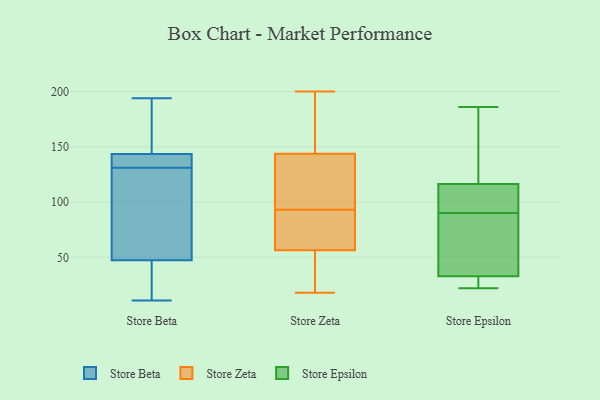
{"axis": {"x": "Website Visitors", "y": "Value"}, "legend": ["Store Beta", "Store Epsilon", "Store Zeta"], "data": [{"x": "", "y": 141, "type": "Store Beta"}, {"x": "", "y": 140, "type": "Store Beta"}, {"x": "", "y": 158, "type": "Store Beta"}, {"x": "", "y": 98, "type": "Store Beta"}, {"x": "", "y": 139, "type": "Store Beta"}, {"x": "", "y": 11, "type": "Store Beta"}, {"x": "", "y": 63, "type": "Store Beta"}, {"x": "", "y": 151, "type": "Store Beta"}, {"x": "", "y": 39, "type": "Store Beta"}, {"x": "", "y": 52, "type": "Store Beta"}, {"x": "", "y": 50, "type": "Store Beta"}, {"x": "", "y": 16, "type": "Store Beta"}, {"x": "", "y": 180, "type": "Store Beta"}, {"x": "", "y": 194, "type": "Store Beta"}, {"x": "", "y": 28, "type": "Store Beta"}, {"x": "", "y": 131, "type": "Store Beta"}, {"x": "", "y": 139, "type": "Store Beta"}, {"x": "", "y": 158, "type": "Store Zeta"}, {"x": "", "y": 19, "type": "Store Zeta"}, {"x": "", "y": 120, "type": "Store Zeta"}, {"x": "", "y": 194, "type": "Store Zeta"}, {"x": "", "y": 48, "type": "Store Zeta"}, {"x": "", "y": 29, "type": "Store Zeta"}, {"x": "", "y": 200, "type": "Store Zeta"}, {"x": "", "y": 93, "type": "Store Zeta"}, {"x": "", "y": 162, "type": "Store Zeta"}, {"x": "", "y": 134, "type": "Store Zeta"}, {"x": "", "y": 83, "type": "Store Zeta"}, {"x": "", "y": 93, "type": "Store Zeta"}, {"x": "", "y": 134, "type": "Store Zeta"}, {"x": "", "y": 84, "type": "Store Zeta"}, {"x": "", "y": 61, "type": "Store Zeta"}, {"x": "", "y": 147, "type": "Store Zeta"}, {"x": "", "y": 18, "type": "Store Zeta"}, {"x": "", "y": 55, "type": "Store Zeta"}, {"x": "", "y": 100, "type": "Store Zeta"}, {"x": "", "y": 69, "type": "Store Epsilon"}, {"x": "", "y": 127, "type": "Store Epsilon"}, {"x": "", "y": 39, "type": "Store Epsilon"}, {"x": "", "y": 32, "type": "Store Epsilon"}, {"x": "", "y": 114, "type": "Store Epsilon"}, {"x": "", "y": 123, "type": "Store Epsilon"}, {"x": "", "y": 94, "type": "Store Epsilon"}, {"x": "", "y": 33, "type": "Store Epsilon"}, {"x": "", "y": 90, "type": "Store Epsilon"}, {"x": "", "y": 22, "type": "Store Epsilon"}, {"x": "", "y": 23, "type": "Store Epsilon"}, {"x": "", "y": 95, "type": "Store Epsilon"}, {"x": "", "y": 186, "type": "Store Epsilon"}]}